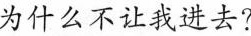
为什么不让我进去?”